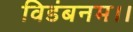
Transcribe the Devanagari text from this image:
विडंबनम।।